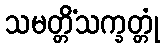
သမတ္တိံသက္ခတ္တုံ